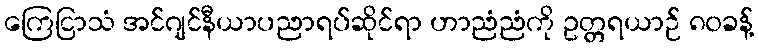
ကြေငြာသံ အင်ဂျင်နီယာပညာရပ်ဆိုင်ရာ ဟာညံညံကို ဥတ္တရယာဉ် ၈၀ခန့်